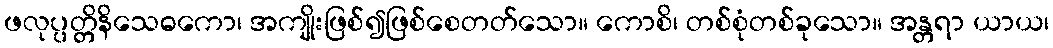
ဖလုပ္ပတ္တိနိသေဓကော၊ အကျိုးဖြစ်၍ဖြစ်စေတတ်သော။ ကောစိ၊ တစ်စုံတစ်ခုသော။ အန္တရာ ယာယ၊